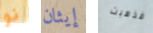
نو إيثان فذهبت